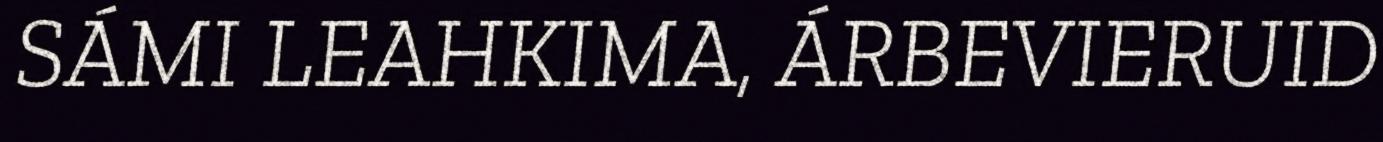
SÁMI LEAHKIMA, ÁRBEVIERUID